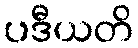
ပဒီယတိ